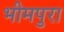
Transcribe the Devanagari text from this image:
भीमपुरा